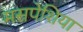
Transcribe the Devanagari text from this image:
मसपेशिया